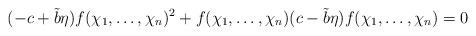
LaTeX: \begin{align*} (-c+\tilde{b}\eta)f(\chi_1,\ldots,\chi_n)^2 +f(\chi_1,\ldots,\chi_n)(c-\tilde{b}\eta)f(\chi_1,\ldots,\chi_n) =0 \end{align*}